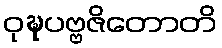
ဝုဍ္ဎပဗ္ဗဇိတောတိ